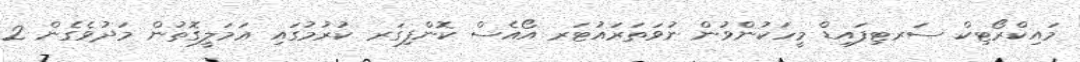
މައިކްރޯޓިކް ސަރޓިފައިޑް މީހަކުންވުން ނުވަތަރައުޓަރ އޯއެސް ކޮންފިގަރ ކުރުމުގައި ޢަމަލީގޮތުން މަދުވެގެން 2